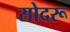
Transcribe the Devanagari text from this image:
सोदरू